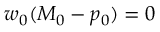
\boldsymbol { w } _ { 0 } ( M _ { 0 } - p _ { 0 } ) = 0